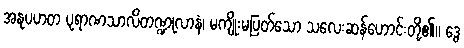
အနုပဟတ ပုရာဏသာလိတဏ္ဍုလာနံ၊ မကျိုးမပြတ်သော သလေးဆန်ဟောင်းတို့၏။ ဒွေ